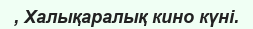
, Халықаралық кино күні.